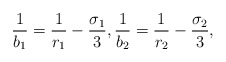
\begin{align*}\frac{1}{b_1} = \frac{1}{r_1} - \frac{\sigma_1}{3}, \frac{1}{b_2} = \frac{1}{r_2} - \frac{\sigma_2}{3},\end{align*}